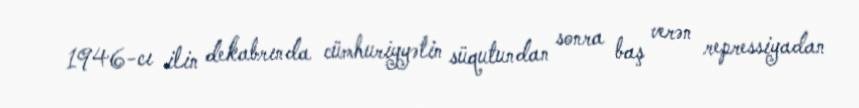
1946-cı ilin dekabrında cümhuriyyətin süqutundan sonra baş verən repressiyadan